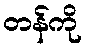
တန်ကို